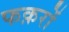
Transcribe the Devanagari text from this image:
फक़रों